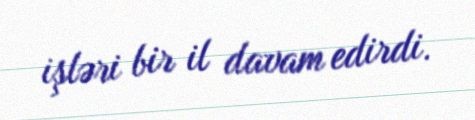
işləri bir il davam edirdi.